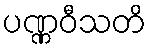
ပဏ္ဏဝီသတိ